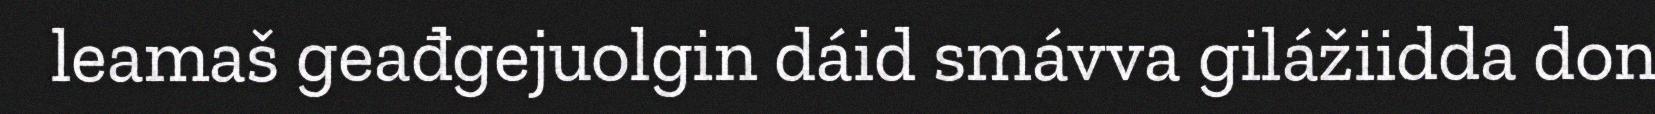
leamaš geađgejuolgin dáid smávva gilážiidda don